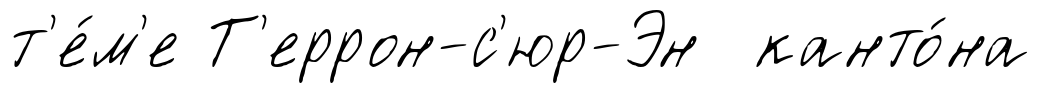
т'е́м'е Т'еррон-с'юр-Эн канто́на